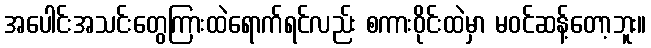
အပေါင်းအသင်းတွေကြားထဲရောက်ရင်လည်း စကားဝိုင်းထဲမှာ မဝင်ဆန့်တော့ဘူး။